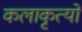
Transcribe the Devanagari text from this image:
कलाकृत्यों